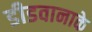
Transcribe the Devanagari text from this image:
डीडवानाके